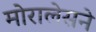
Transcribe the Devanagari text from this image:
मोरालेसने